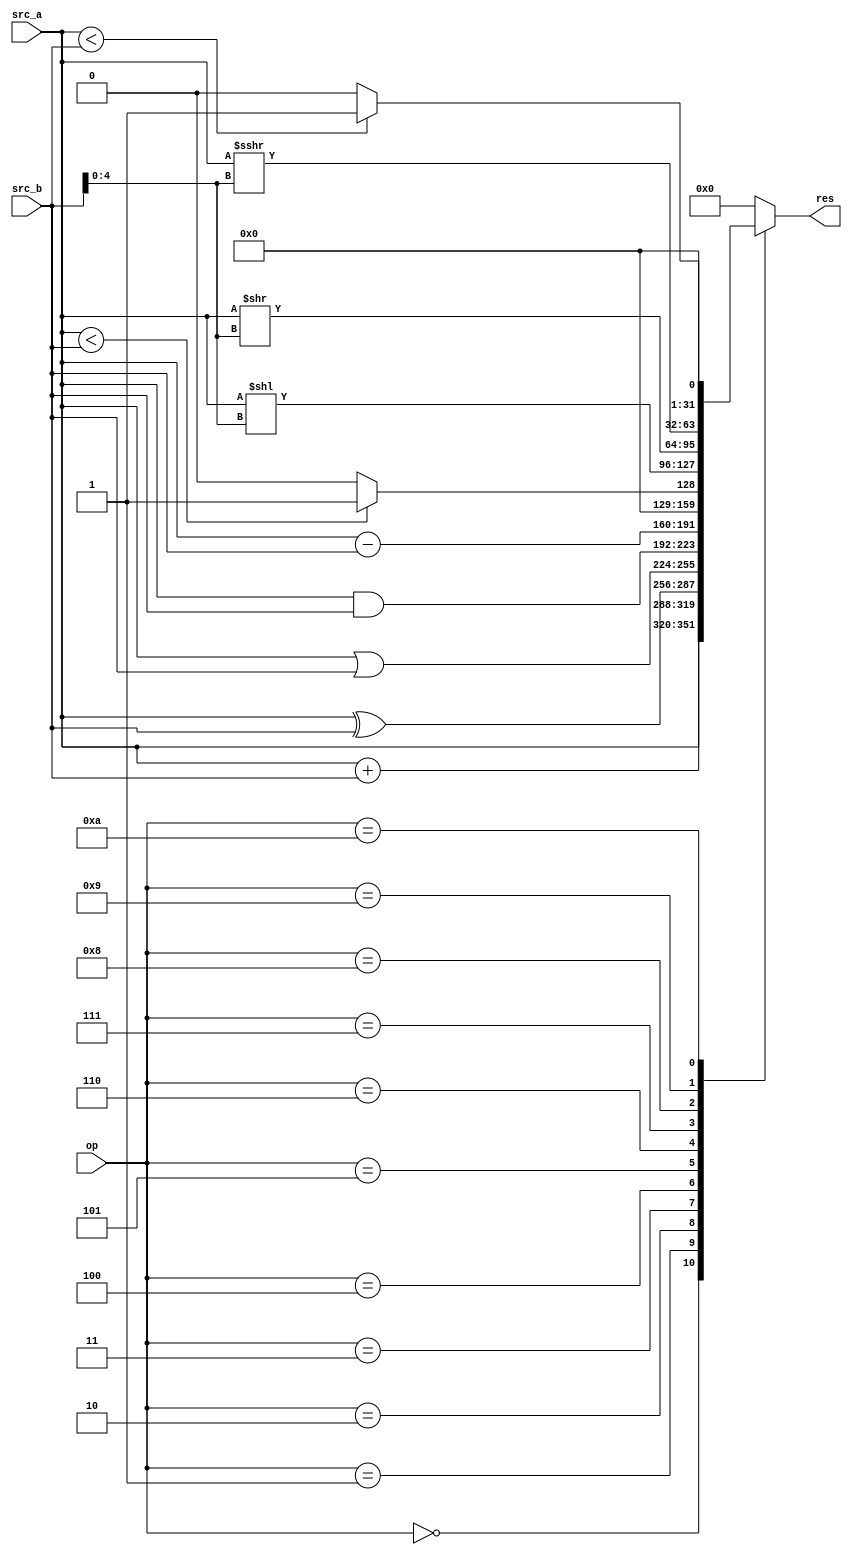
module alu(
  input [31:0]src_a,
  input [31:0]src_b,
  input [4:0]op,

  output reg [31:0]res
);

reg signed [31:0]a_signed;
reg signed [31:0]b_signed;

always @(*) begin
  case (op)
    5'h0: res = src_a;
    5'h1: res = src_a + src_b;
    5'h2: res = src_a ^ src_b;
    5'h3: res = src_a | src_b;
    5'h4: res = src_a & src_b;
    5'h5: res = src_a - src_b;
    5'h6: res = (src_a < src_b) ? 32'h1 : 32'h0;
    5'h7: res = src_a << src_b[4:0];
    5'h8: res = src_a >> src_b[4:0];
    5'h9: begin
      a_signed = src_a;
      res = a_signed >>> src_b[4:0];
    end
    5'hA: begin
      a_signed = src_a;
      b_signed = src_b;
      res = (a_signed < b_signed) ? 32'h1 : 32'h0;
    end
    default: res = 32'b0;
  endcase
end

endmodule